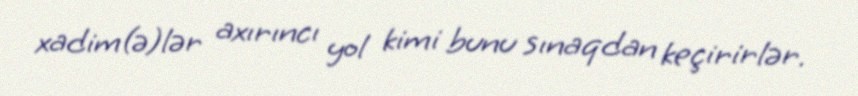
xadim(ə)lər axırıncı yol kimi bunu sınaqdan keçirirlər.